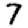
Digit: 7